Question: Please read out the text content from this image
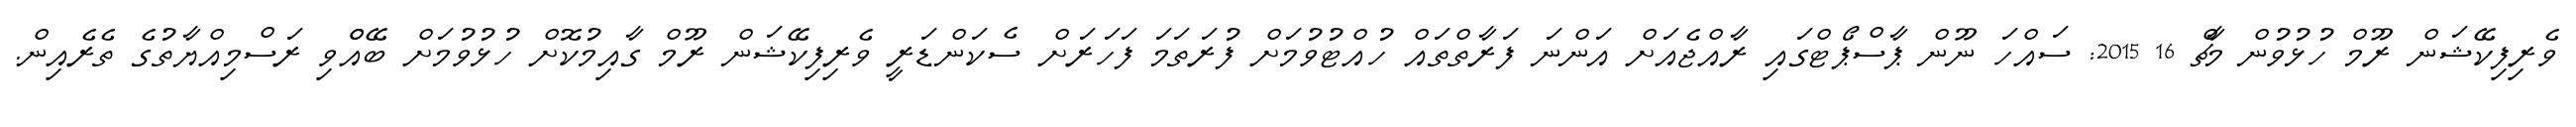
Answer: ވެރިފިކޭޝަން ރޫމް ހުޅުވުން މާޗް 16 2015: ސައްހަ ނޫން ޕާސްޕޯޓްގައި ރާއްޖެއަށް އަންނަ ފަރާތްތައް ހުއްޓުވުމަށް ފުރަތަމަ ފަހަރަށް ސެކަންޑަރީ ވެރިފިކޭޝަން ރޫމް ގާއިމުކޮށް ހުޅުވުމަށް ބޭއްްވި ރަސްމިއްޔާތުގެ ތެރެއިން.